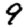
Digit: 9